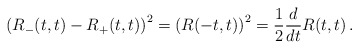
\begin{align*}\left(R_-(t,t)-R_+(t,t)\right)^2 = \left(R(-t,t)\right)^2={1\over 2} {d\over dt} R(t,t) \, .\end{align*}